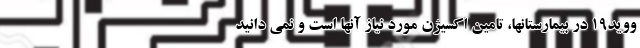
ووید۱۹ در بیمارستانها، تامین اکسیژن مورد نیاز آنها است و نمی دانید